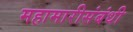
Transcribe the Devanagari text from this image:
महामारीसंबंधी